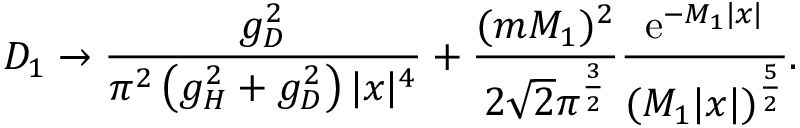
D _ { 1 } \to \frac { g _ { D } ^ { 2 } } { \pi ^ { 2 } \left( g _ { H } ^ { 2 } + g _ { D } ^ { 2 } \right) | x | ^ { 4 } } + \frac { ( m M _ { 1 } ) ^ { 2 } } { 2 \sqrt { 2 } \pi ^ { \frac 3 2 } } \frac { \mathrm { e } ^ { - M _ { 1 } | x | } } { ( M _ { 1 } | x | ) ^ { \frac 5 2 } } .